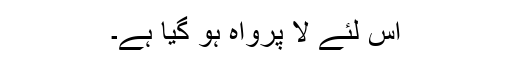
اس لئے لا پرواہ ہو گیا ہے۔